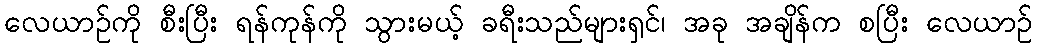
လေယာဉ်ကို စီးပြီး ရန်ကုန်ကို သွားမယ့် ခရီးသည်များရှင်၊ အခု အချိန်က စပြီး လေယာဉ်